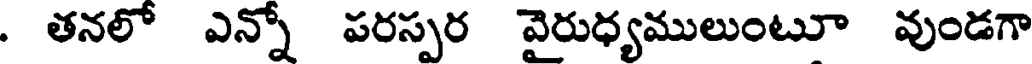
. తనలో ఎన్నో పరస్పర వైరుధ్యములుంటూ వుండగా